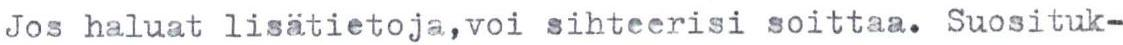
Jos haluat lisätietoja, voi sihteerisi soittaa. Suosituk-